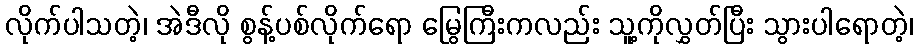
လိုက်ပါသတဲ့၊ အဲဒီလို စွန့်ပစ်လိုက်ရော မြွေကြီးကလည်း သူ့ကိုလွှတ်ပြီး သွားပါရောတဲ့၊